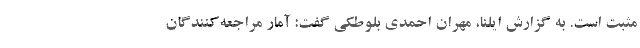
مثبت است. به گزارش ایلنا، مهران احمدی بلوطکی گفت: آمار مراجعه‌کنندگان